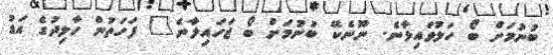
ބުނުމަށް ބޯ ހަލުވައިލާނެ. ނޫނެކޭ ބުނުމަށް ބޯ ޖަހައިލާނެ" ފަހަތުން ހާލިދުގެ އަޑު